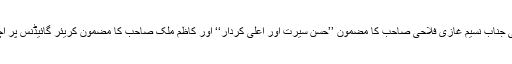
ساتھ ہی جناب نسیم غازی فلاحی صاحب کا مضمون ’’حسن سیرت اور اعلی کردار‘‘ اور کاظم ملک صاحب کا مضمون کریئر گائیڈنس پر اچھا لگا۔